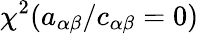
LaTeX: \chi^{2}(a_{\alpha\beta}/c_{\alpha\beta}=0)